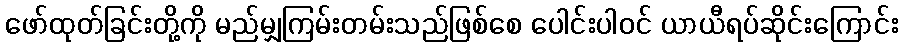
ဖော်ထုတ်ခြင်းတို့ကို မည်မျှကြမ်းတမ်းသည်ဖြစ်စေ ပေါင်းပါဝင် ယာယီရပ်ဆိုင်းကြောင်း